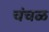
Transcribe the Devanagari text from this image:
चंचळ